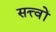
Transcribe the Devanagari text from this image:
सत्त्वों